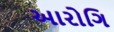
આરોગિ